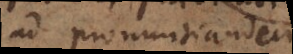
ad pronuntiandum